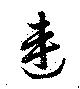
連